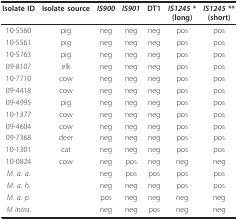
| Isolate ID | Isolate source | IS900 | IS901 | DT1 | IS1245 *(long) | IS1245 **(short) |
 | --- | --- | --- | --- | --- | --- | --- |
 | 10-5560 | pig | neg | neg | neg | pos | pos |
 | 10-5561 | pig | neg | neg | neg | pos | pos |
 | 10-5763 | pig | neg | neg | neg | pos | pos |
 | 09-8107 | elk | neg | neg | neg | pos | pos |
 | 10-7710 | cow | neg | neg | neg | pos | pos |
 | 09-4418 | cow | neg | neg | neg | pos | pos |
 | 09-4995 | pig | neg | neg | neg | pos | pos |
 | 10-1377 | cow | neg | neg | neg | pos | pos |
 | 09-4604 | cow | neg | neg | neg | pos | pos |
 | 09-7368 | deer | neg | neg | neg | pos | pos |
 | 10-1301 | cat | neg | neg | neg | pos | pos |
 | 10-0824 | cow | neg | pos | neg | neg | neg |
 | M. a. a. |  | neg | pos | pos | pos | pos |
 | M. a. h. |  | neg | neg | neg | pos | pos |
 | M. a. p. |  | pos | neg | neg | neg | neg |
 | M intra. |  | neg | neg | pos | neg | neg |